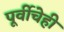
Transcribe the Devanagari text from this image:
पूर्वीचेही